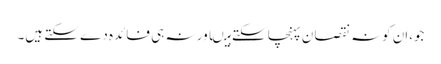
جو،اِن کونہ نقصا ن پہنچا سکتے ہیںاور نہ ہی فائدہ دے سکتے ہیں۔